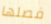
فصلها